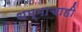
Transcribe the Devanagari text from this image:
धम्माचाही